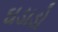
ઘડાડો